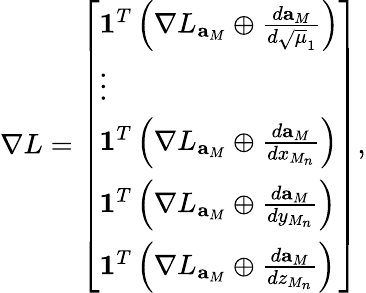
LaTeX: \nabla L=\left[\begin{array}{l}{\mathbf{1}^{T}\left(\nabla L_{\mathbf{a}_{M}}\oplus\frac{d\mathbf{a}_{M}}{d\sqrt{\mu}_{1}}\right)}\\ {\vdots}\\ {\mathbf{1}^{T}\left(\nabla L_{\mathbf{a}_{M}}\oplus\frac{d\mathbf{a}_{M}}{dx_{M_{n}}}\right)}\\ {\mathbf{1}^{T}\left(\nabla L_{\mathbf{a}_{M}}\oplus\frac{d\mathbf{a}_{M}}{dy_{M_{n}}}\right)}\\ {\mathbf{1}^{T}\left(\nabla L_{\mathbf{a}_{M}}\oplus\frac{d\mathbf{a}_{M}}{dz_{M_{n}}}\right)}\end{array}\right],